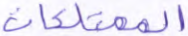
الممتلكات